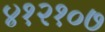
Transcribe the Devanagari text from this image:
४१२१०७